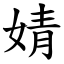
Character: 婧